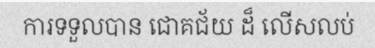
ការទទួលបាន ជោគជ័យ ដ៏ លើសលប់